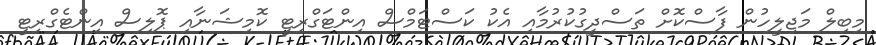
މިބިލް މަޖިލީހުން ފާސްކޮށް ތަސްދީގުކުރުމާއި އެކު ކަސްޓަމްސް އިންޓަގްރިޓީ ކޮމިޝަނާއި ޕޮލިސް އިންޓެގްރިޓީ